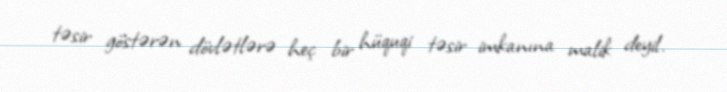
təsir göstərən dövlətlərə heç bir hüquqi təsir imkanına malik deyil.